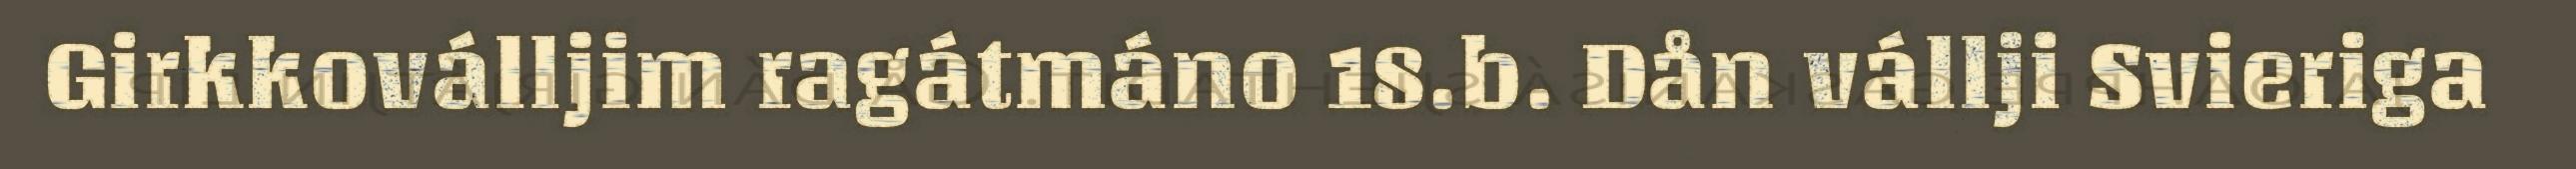
Girkkoválljim ragátmáno 18.b. Dån vállji Svieriga